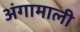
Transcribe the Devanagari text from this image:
अंगामाली